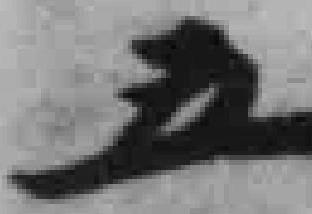
五